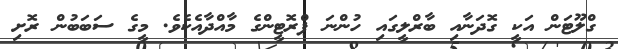
ގްލޫޓަން އަކީ ގޮދަނާއި ބާރްލީގައި ހުންނަ ޕްރޮޓީންގެ މާއްދާއެކެވެ. މީގެ ސަބަބުން ރޮށި